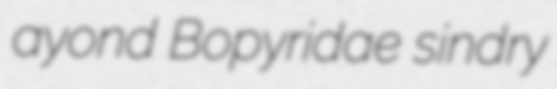
ayond Bopyridae sindry